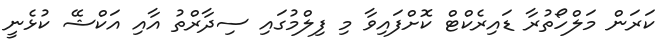
ކަރަން މަލްހޯތުރާ ޑައިރެކްޓް ކޮށްފައިވާ މި ފިލްމުގައި ސިދާރްތު އާއި އަކްޝޭ ކުޅެނީ